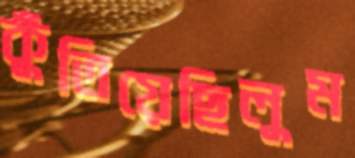
কুঁতিয়েছিলুম